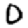
Digit: 0